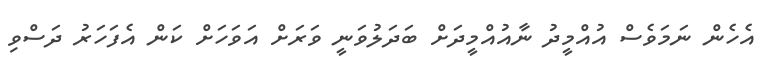
އެހެން ނަމަވެސް އުއްމީދު ނާއުއްމީދަށް ބަދަލުވަނީ ވަރަށް އަވަހަށް ކަން އެފަހަރު ދަސްވި